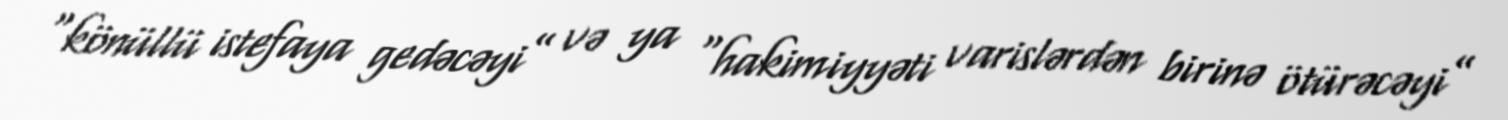
“könüllü istefaya gedəcəyi” və ya “hakimiyyəti varislərdən birinə ötürəcəyi”